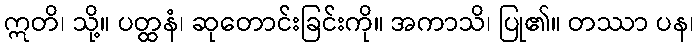
ဣတိ၊ သို့။ ပတ္ထနံ၊ ဆုတောင်းခြင်းကို။ အကာသိ၊ ပြု၏။ တဿာ ပန၊